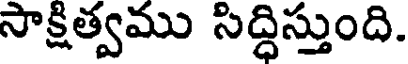
సాక్షిత్వము సిద్ధిస్తుంది.